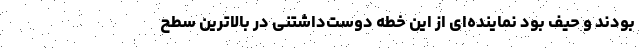
بودند و حیف بود نماینده‌ای از این خطه دوست‌داشتنی در بالاترین سطح